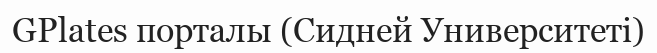
GPlates порталы (Сидней Университеті)